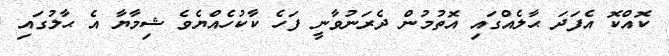
ކޮއްކޮ އެފަދަ ޙާލެއްގައި އޮތުމުން ދެރަނުވާނީ ފަހެ ކާކުހެއްޔެވެ ޝިމާޔާ އެ ޙާލުގައި